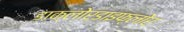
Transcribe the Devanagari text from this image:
डाक्लोरडाइफ्लोर